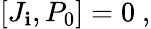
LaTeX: [J_{\mathbf{i}},P_{0}]=0~,